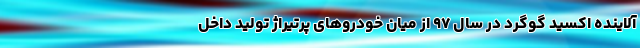
آلاینده اکسید گوگرد در سال ۹۷ از میان خودروهای پرتیراژ تولید داخل